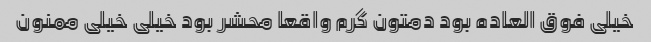
خیلی فوق العاده بود دمتون گرم واقعا محشر بود خیلی خیلی ممنون